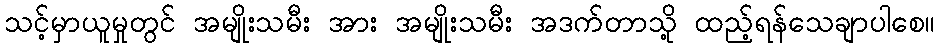
သင့်မှာယူမှုတွင် အမျိုးသမီး အား အမျိုးသမီး အဒက်တာသို့ ထည့်ရန်သေချာပါစေ။